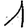
Digit: 1